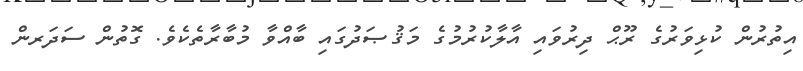
އިތުރުން ކުޅިވަރުގެ ރޫޙް ދިރުވައި އާލާކުރުމުގެ މަޤުޞަދުގައި ބާއްވާ މުބާރާތެކެވެ. ގޮތުން ސަދަރން